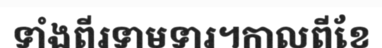
ទាំងពីរទាមទារ។កាលពីខែ